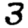
Digit: 3